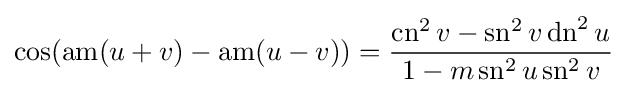
\cos(\operatorname {am} (u+v)-\operatorname {am} (u-v))={\dfrac {\operatorname {cn} ^{2}v-\operatorname {sn} ^{2}v\operatorname {dn} ^{2}u}{1-m\operatorname {sn} ^{2}u\operatorname {sn} ^{2}v}}